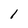
Character: 1